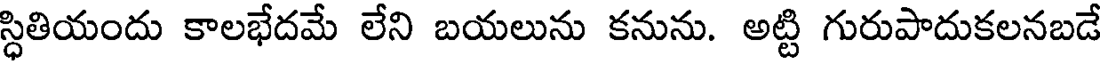
స్ధితియందు కాలభేదమే లేని బయలును కనును. అట్టి గురుపాదుకలనబడే